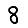
Digit: 8